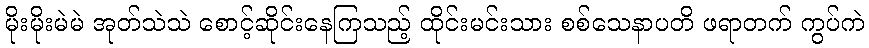
မိုးမိုးမဲမဲ အုတ်သဲသဲ စောင့်ဆိုင်းနေကြသည့် ထိုင်းမင်းသား စစ်သေနာပတိ ဖရာတက် ကွပ်ကဲ